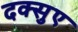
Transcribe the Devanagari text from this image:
दक्सुए